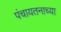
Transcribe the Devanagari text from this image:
पंचायतनाच्या